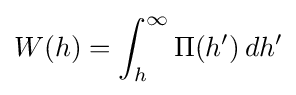
W(h)=\int _{h}^{\infty }\Pi (h')\,dh'